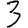
Digit: 3